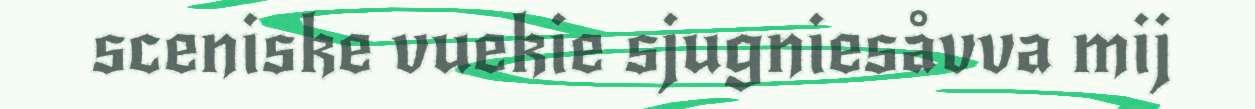
sceniske vuekie sjugniesåvva mij